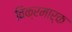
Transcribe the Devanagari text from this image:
विक्रमार्क